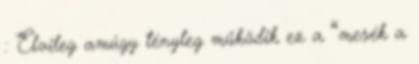
: Elvileg amúgy tényleg működik ez a “mesék a